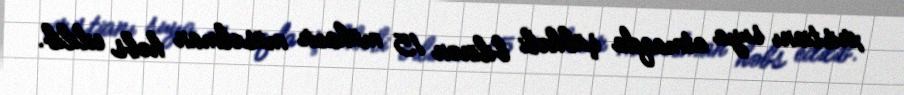
xristianı suya atmaqda şübhəli bilinən 15 mühacir müsəlman həbs edilib.